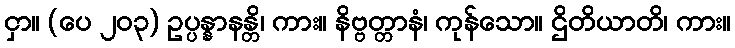
ငှာ။ (ပေ ၂၀၃) ဥပ္ပန္နာနန္တိ၊ ကား။ နိဗ္ဗတ္တာနံ၊ ကုန်သော။ ဌိတိယာတိ၊ ကား။